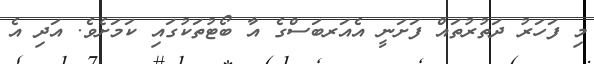
މި ފަހަރު ދަތުރުތައް ފަށަނީ އެއަރބަސްގެ އާ ބޯޓުތަކުގައި ކަމަށެވެ. އަދި އެ